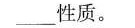
______性质。